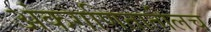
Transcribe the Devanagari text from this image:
अंकगणितातीलच